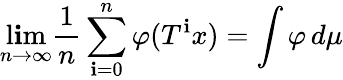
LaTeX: \operatorname*{l\mathbf{i}m}_{n\rightarrow\infty}{\frac{{1}}{{n}}}\sum_{\mathbf{i}=0}^{n}\varphi(T^{\mathbf{i}}x)=\int\varphi\, d\mu